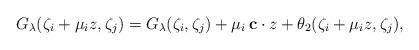
LaTeX: \begin{align*}G_\lambda(\zeta_i+\mu_i z,\zeta_j)=G_\lambda(\zeta_i,\zeta_j)+\mu_i\, {\bf c}\cdot z+\theta_2(\zeta_i+\mu_i z,\zeta_j),\end{align*}